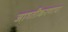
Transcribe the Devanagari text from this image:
जागतीकरणाचा